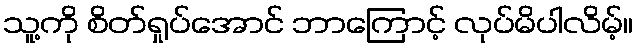
သူ့ကို စိတ်ရှုပ်အောင် ဘာကြောင့် လုပ်မိပါလိမ့်။